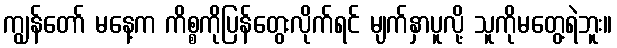
ကျွန်တော် မနေ့က ကိစ္စကိုပြန်တွေးလိုက်ရင် မျက်နှာပူလို့ သူကိုမတွေ့ရဲဘူး။